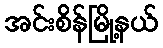
အင်းစိန်မြို့နယ်